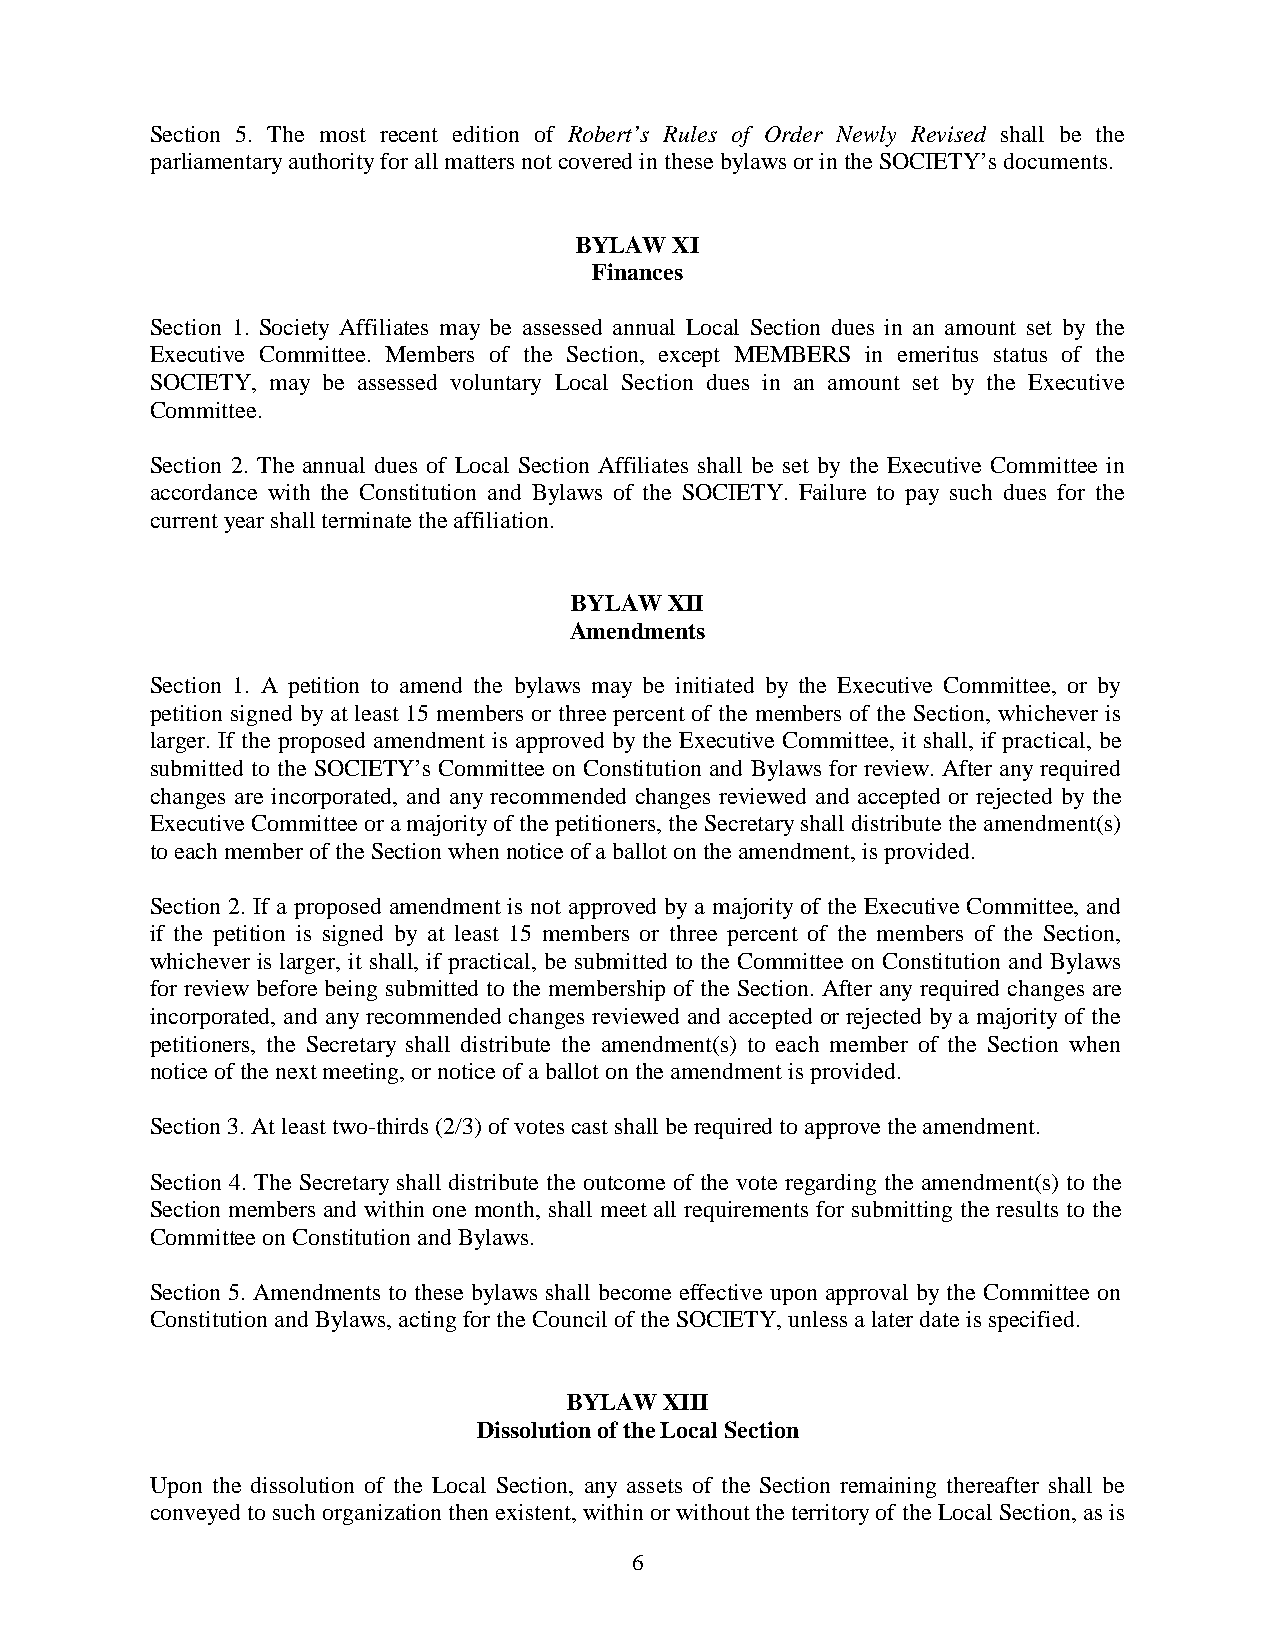
Section 5. The most recent edition of Robert’s Rules of Order Newly Revised shall be the
 parliamentary authority for all matters not covered in these bylaws or in the SOCIETY’s documents.
 BYLAW  XI
 Finances
 Section 1. Society Affiliates may be assessed annual Local Section dues in an amount set by the
 Executive Committee. Members of the Section, except MEMBERS in emeritus status of the
 SOCIETY, may be assessed voluntary Local Section dues in an amount set by the Executive
 Committee.
 Section 2. The annual dues of Local Section Affiliates shall be set by the Executive Committee in
 accordance with the Constitution and Bylaws of the SOCIETY. Failure to pay such dues for the
 current year shall terminate the affiliation.
 BYLAW XII
 Amendments
 Section 1. A petition to amend the bylaws may be initiated by the Executive Committee, or by
 petition signed by at least 15 members or three percent of the members of the Section, whichever is
 larger. If the proposed amendment is approved by the Executive Committee, it shall, if practical, be
 submitted to the SOCIETY’s Committee on Constitution and Bylaws for review. After any required
 changes are incorporated, and any recommended changes reviewed and accepted or rejected by the
 Executive Committee or a majority of the petitioners, the Secretary shall distribute the amendment(s)
 to each member of the Section when notice of a ballot on the amendment, is provided.
 Section 2. If a proposed amendment is not approved by a majority of the Executive Committee, and
 if the petition is signed by at least 15 members or three percent of the members of the Section,
 whichever is larger, it shall, if practical, be submitted to the Committee on Constitution and Bylaws
 for review before being submitted to the membership of the Section. After any required changes are
 incorporated, and any recommended changes reviewed and accepted or rejected by a majority of the
 petitioners, the Secretary shall distribute the amendment(s) to each member of the Section when
 notice of the next meeting, or notice of a ballot on the amendment is provided.
 Section 3. At least two-thirds (2/3) of votes cast shall be required to approve the amendment.
 Section 4. The Secretary shall distribute the outcome of the vote regarding the amendment(s) to the
 Section members and within one month, shall meet all requirements for submitting the results to the
 Committee on Constitution and Bylaws.
 Section 5. Amendments to these bylaws shall become effective upon approval by the Committee on
 Constitution and Bylaws, acting for the Council of the SOCIETY, unless a later date is specified.
 BYLAW XIII
 Dissolution of the Local Section
 Upon the dissolution of the Local Section, any assets of the Section remaining thereafter shall be
 conveyed to such organization then existent, within or without the territory of the Local Section, as is
 6